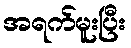
အရက်မူးပြီး